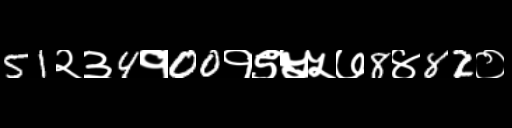
Text: 51२३4१00१९५५७8४82०